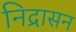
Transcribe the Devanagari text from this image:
निद्रासन